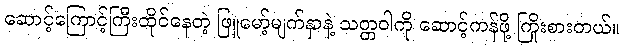
ဆောင့်ကြောင့်ကြီးထိုင်နေတဲ့ ဖြူမော့်မျက်နှာနဲ့ သတ္တဝါကို ဆောင့်ကန်ဖို့ ကြိုးစားတယ်။